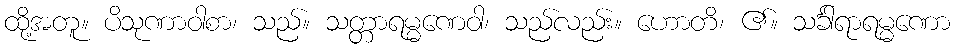
ထို့အတူ။ ပိသုဏာဝါစာ၊ သည်။ သတ္တာရမ္မဏေဝါ၊ သည်လည်း။ ဟောတိ၊ ၏။ သင်္ခါရာရမ္မဏော